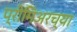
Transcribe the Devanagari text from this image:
प्रीमिअरच्या